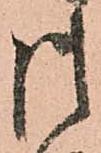
御